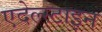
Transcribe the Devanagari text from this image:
एदेल्स्टाइन